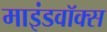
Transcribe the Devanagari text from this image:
माइंडवॉक्स